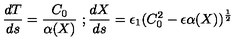
\frac { d T } { d s } = \frac { C _ { 0 } } { \alpha ( X ) } \ ; \frac { d X } { d s } = \epsilon _ { 1 } ( C _ { 0 } ^ { 2 } - \epsilon \alpha ( X ) ) ^ { \frac { 1 } { 2 } }